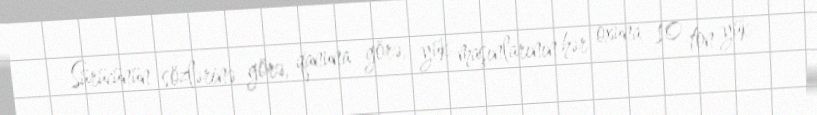
Sürücünün sözlərinə görə, qanuna görə, yük maşınlarının hər oxuna 10 ton yük